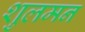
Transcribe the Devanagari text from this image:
शुलमन